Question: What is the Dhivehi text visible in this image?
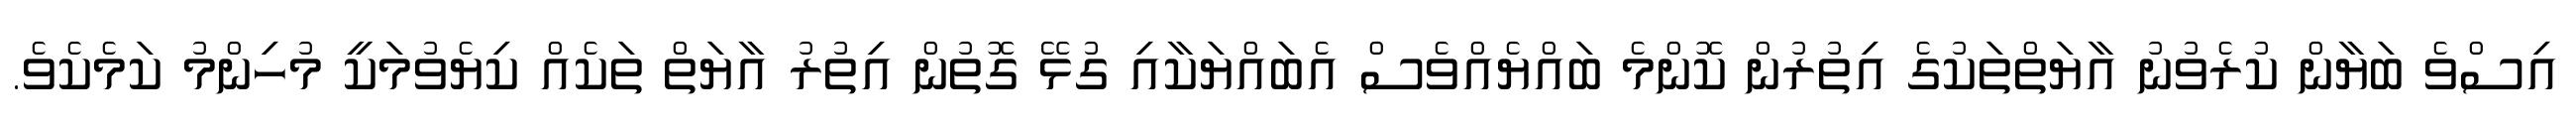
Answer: އިސްވެ ބަޔާން ކުރެވުނު އާޔަތްތަކުގެ އިތުރުން ކޮންމެ ބައްޔެއްވެސް އެބައްޔަކާއި ގުޅޭ ގޮތުން އިތުރު އާޔަތް ތަކެއް ކިޔެވުމަކީ މުހިންމު ކަމެކެވެ.